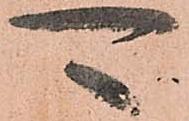
可